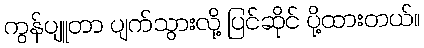
ကွန်ပျူတာ ပျက်သွားလို့ ပြင်ဆိုင် ပို့ထားတယ်။